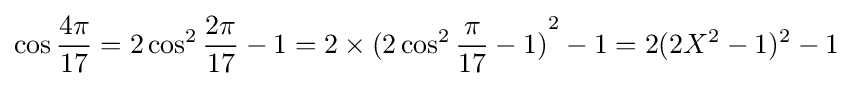
\cos {\frac {4\pi }{17}}=2\cos ^{2}{\frac {2\pi }{17}}-1=2\times {(2\cos ^{2}{\frac {\pi }{17}}-1)}^{2}-1=2(2X^{2}-1)^{2}-1